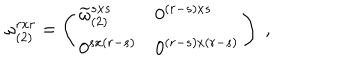
\omega _ { ( 2 ) } ^ { r x r } = \left( \begin{array} { l l } { { \widetilde { \omega } _ { ( 2 ) } ^ { s x s } } } & { { 0 ^ { ( r - s ) x s } } } \\ { { 0 ^ { s x ( r - s ) } } } & { { 0 ^ { ( r - s ) x ( r - s ) } } } \\ \end{array} \right) \; ,